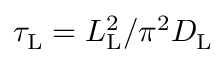
\tau _ { \mathrm { L } } = L _ { \mathrm { L } } ^ { 2 } / \pi ^ { 2 } D _ { \mathrm { L } }